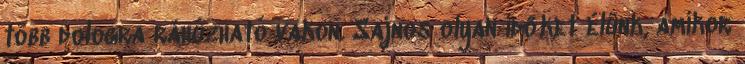
több dologra ráhúzható vakon. Sajnos olyan időket élünk, amikor